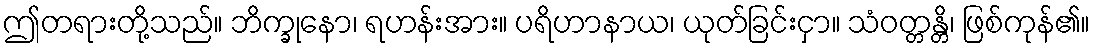
ဤတရားတို့သည်။ ဘိက္ခုနော၊ ရဟန်းအား။ ပရိဟာနာယ၊ ယုတ်ခြင်းငှာ။ သံဝတ္တန္တိ၊ ဖြစ်ကုန်၏။